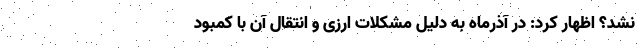
نشد؟ اظهار کرد: در آذرماه به دلیل مشکلات ارزی و انتقال آن با کمبود